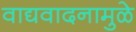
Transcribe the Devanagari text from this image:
वाद्यवादनामुळे